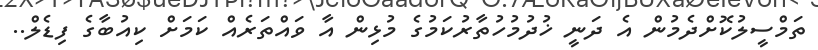
ތަމްސީލުކޮށްދެމުން އެ ދަނީ ޚުދުމުހުތާރުކަމުގެ މުޅިން އާ ވައްތަރެއް ކަމަށް ކިއުބާގެ ފިޑެލް..